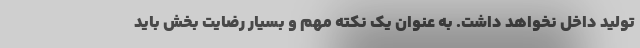
تولید داخل نخواهد داشت. به عنوان یک نکته مهم و بسیار رضایت بخش باید